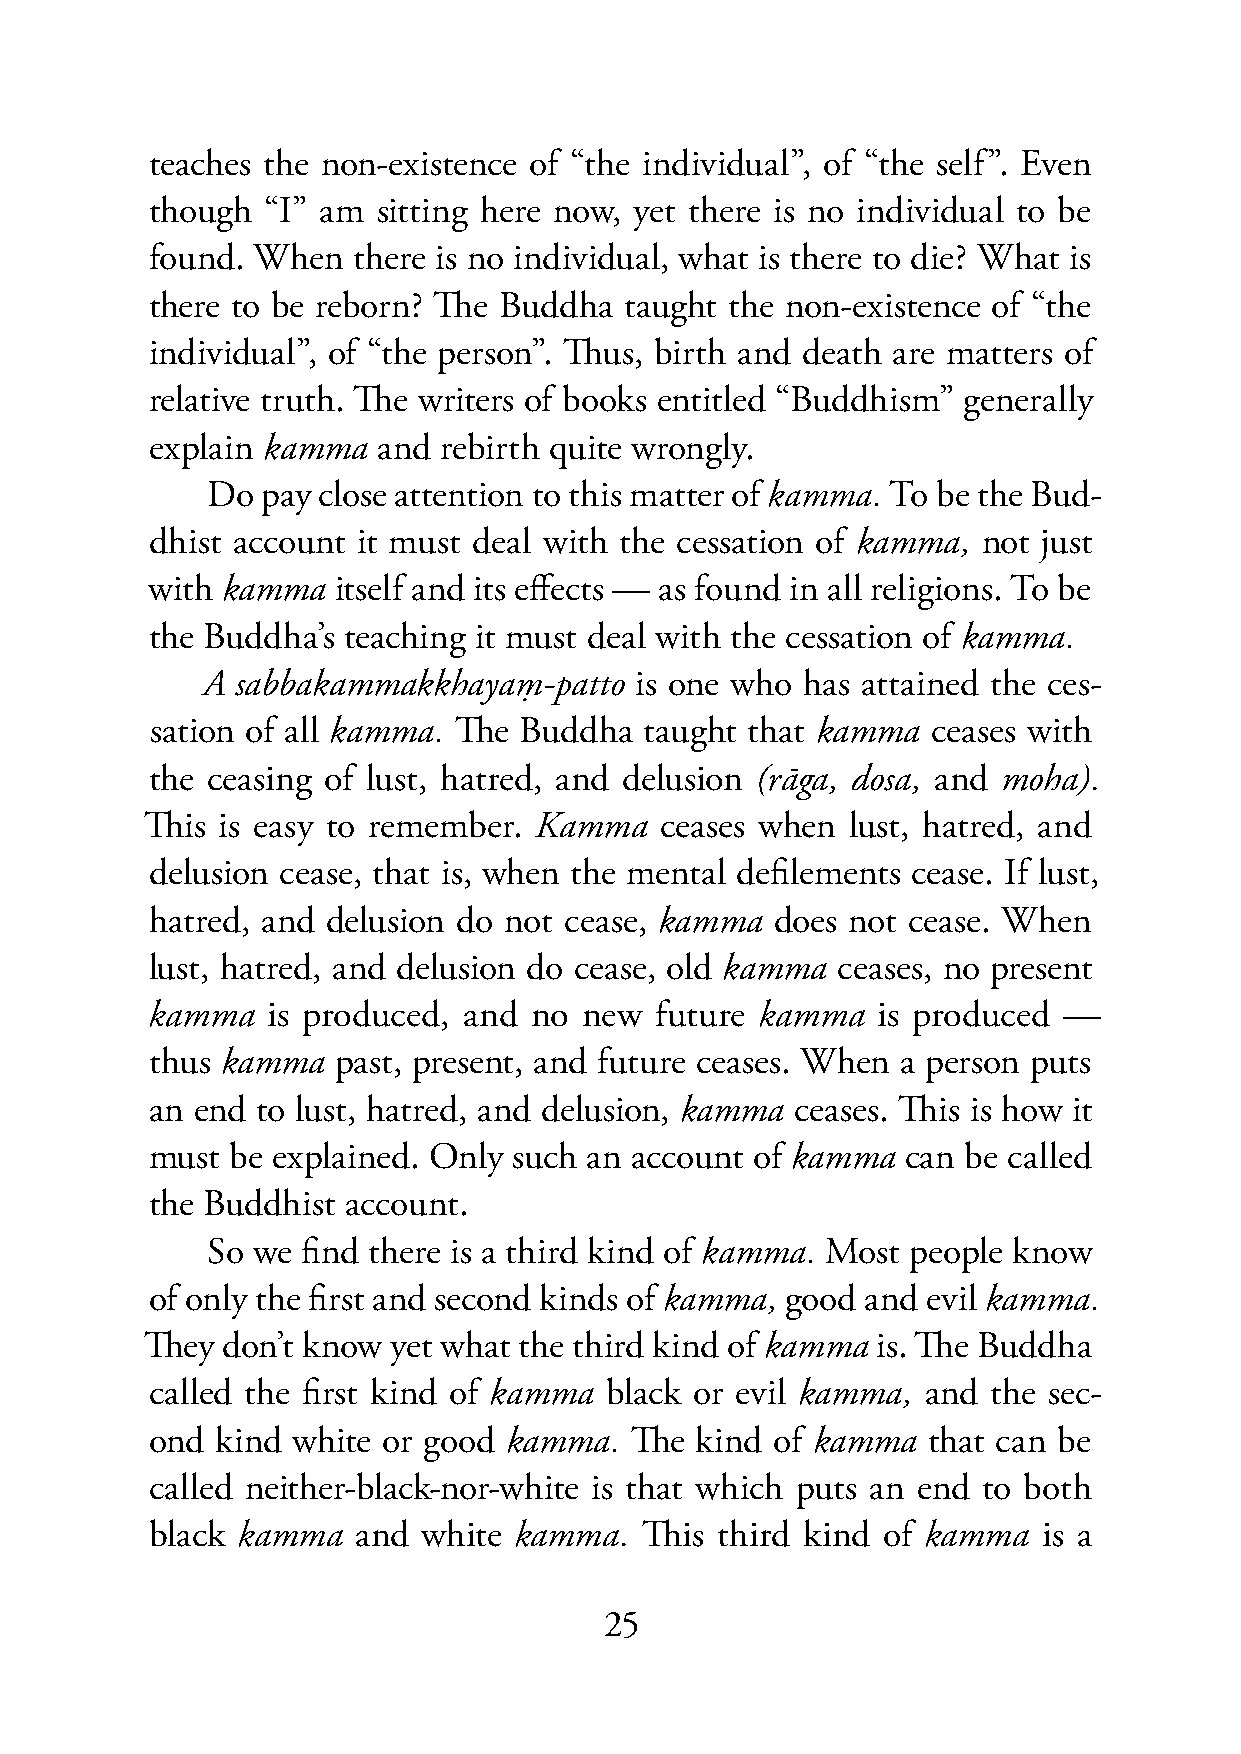
teaches the non-existence of “the individual”, of “the self”. Even
 though  “I” am sitting here now, yet there is no individual to be
 found. When  there is no individual, what is there to die? What is
 there to be reborn? The Buddha taught the non-existence of “the
 individual”, of “the person”. Thus, birth and death are matters of
 relative truth. The writers of books entitled “Buddhism” generally
 explain kamma  and rebirth quite wrongly.
 Do pay close attention to this matter of kamma. To be the Bud-
 dhist account it must deal with the cessation of kamma, not just
 with kamma  itself and its effects — as found in all religions. To be
 the Buddha’s teaching it must deal with the cessation of kamma.
 A  sabbakammakkhayaṃ-patto   is one who has attained the ces-
 sation of all kamma. The Buddha  taught that kamma  ceases with
 the ceasing of lust, hatred, and delusion (rāga, dosa, and moha).
 This is easy to remember. Kamma   ceases when lust, hatred, and
 delusion cease, that is, when the mental defilements cease. If lust,
 hatred, and delusion do not cease, kamma does not cease. When
 lust, hatred, and delusion do cease, old kamma ceases, no present
 kamma   is produced, and no new  future kamma   is produced —
 thus kamma  past, present, and future ceases. When a person puts
 an end to lust, hatred, and delusion, kamma ceases. This is how it
 must be explained. Only such an account of kamma  can be called
 the Buddhist account.
 So we find there is a third kind of kamma. Most people know
 of only the first and second kinds of kamma, good and evil kamma.
 They don’t know yet what the third kind of kamma is. The Buddha
 called the first kind of kamma black or evil kamma, and the sec-
 ond kind white or good kamma.   The kind of kamma  that can be
 called neither-black-nor-white is that which puts an end to both
 black kamma  and  white kamma.  This third kind of kamma   is a
 25